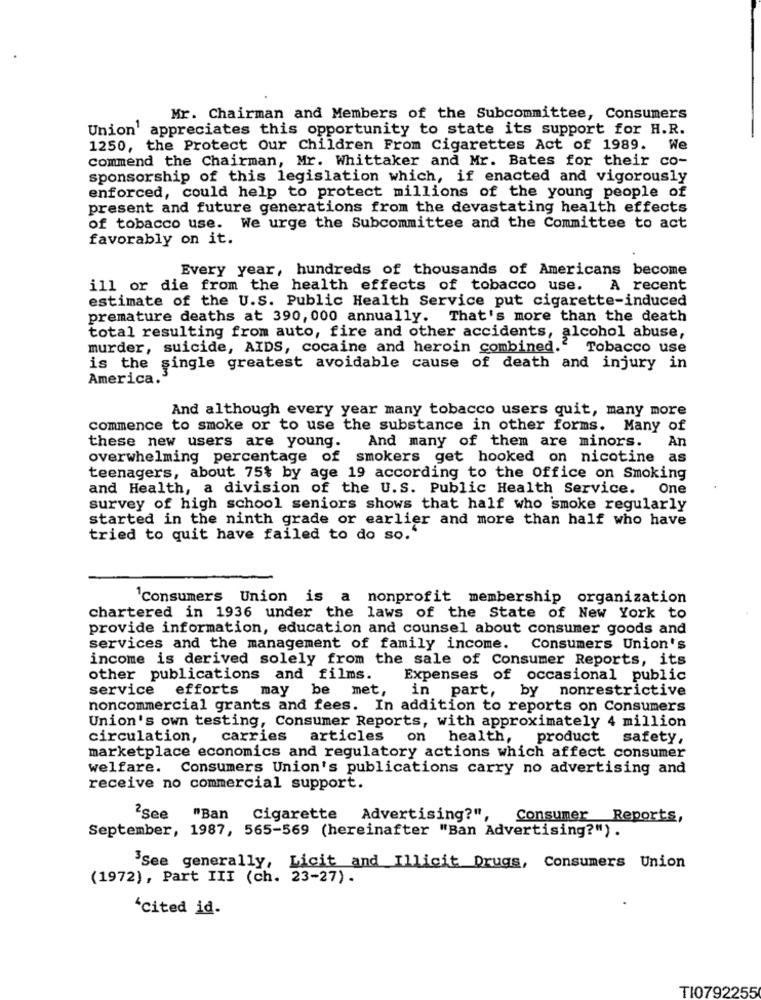
Mr. Chairman and Members of the Subcommittee, Consumers
Union' appreciates this opportunity to state its support for H.R.
1250, the Protect Our Children From Cigarettes Act of 1989. We
Commend the Chairman, Mr. Whittaker and Mr. Bates for their co-
sponsorship of this legislation which, if enacted and vigorously
enforced, could help to protect millions of the young people of
present and future generations from the devastating health effects
of tobacco use. We urge the Subcommittee and the Committee to act
favorably on it.
Every year, hundreds of thousands of Americans become
ill or die from the health effects of tobacco use.
A recent
estimate of the U.S. Public Health Service put cigarette-induced
premature deaths at 390, 000 annually. That's more than the death
total resulting from auto, fire and other accidents, alcohol abuse,
murder, suicide, AIDS, cocaine and heroin combined."
Tobacco use
is the single greatest avoidable cause of death and injury in
America.
And although every year many tobacco users quit, many more
commence to smoke or to use the substance in other forms. Many of
An
these new users are young.
And many of them are minors.
overwhelming percentage of smokers get hooked on nicotine as
teenagers, about 75% by age 19 according to the Office on Smoking
and Health, a division of the U.S. Public Health Service.
One
survey of high school seniors shows that half who smoke regularly
started in the ninth grade or earlier and more than half who have
tried to quit have failed to do so.'
'Consumers Union is a nonprofit membership organization
chartered in 1936 under the laws of the State of New York to
provide information, education and counsel about consumer goods and
services and the management of family income. Consumers Union's
income is derived solely from the sale of Consumer Reports, its
other publications and films.
Expenses of occasional public
service
efforts may be met,
in part, by nonrestrictive
noncommercial grants and fees. In addition to reports on Consumers
Union's own testing, Consumer Reports, with approximately 4 million
circulation, carries
articles
on health, product safety,
marketplace economics and regulatory actions which affect consumer
welfare. Consumers Union's publications carry no advertising and
receive no commercial support.
2See "Ban Cigarette
Advertising?",
Consumer Reports,
September, 1987, 565-569 (hereinafter "Ban Advertising?") .
3See generally, Licit and Illicit Drugs, Consumers Union
(1972), Part III (ch. 23-27).
'cited id.
TI0792255